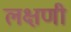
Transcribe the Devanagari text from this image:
लक्षणी